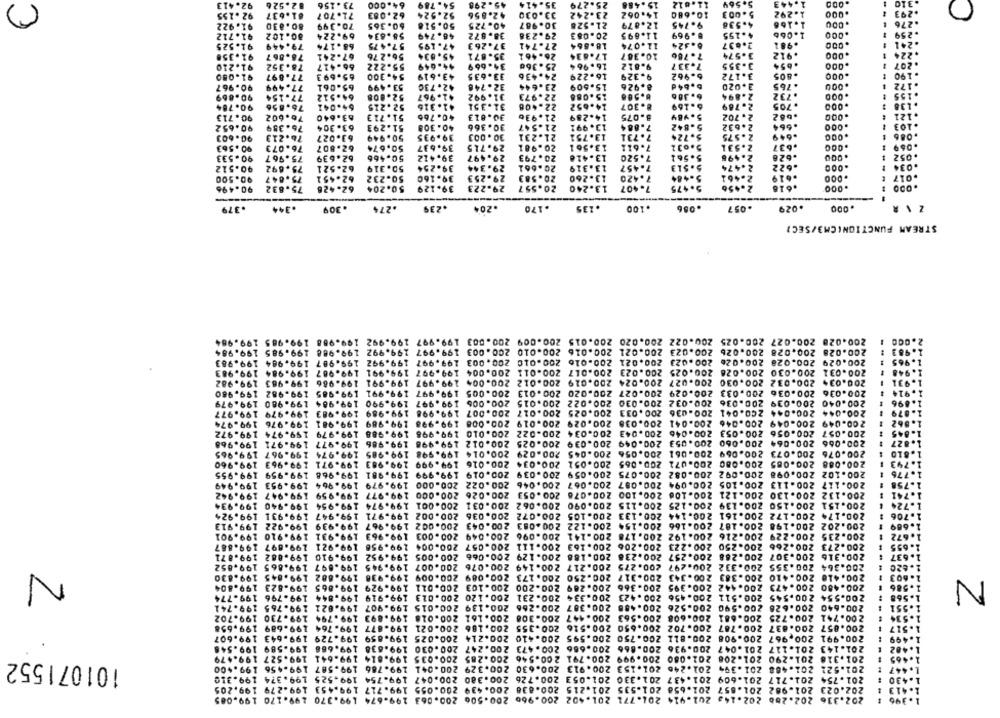
82.526
73.156
64.000
54.789
45.298
35.424
25-279
15.488
11.612
1.443
310
.155
71.707
62.083
52.524
42.856
33.030
23.242
14.062
10.680
5.00
1.292
.000
.293
4.538
1.166
80.8.
70.399
50.518
40.725
30.967
21.528
12.879
9.745
.276
41.712
69.224
58.634
46.749
38.872
29.236
20.0
11.895
8.969
4.155
1.06b
.000
.259
2.637
.981
91.525
57.475
47.195
37.263
27.741
12.074
8.324
.241
91-358
78.867
67.241
56.276
45.834
35.871
26-461
17.834
10.367
7.786
3.574
.912
. 224
78.352
66.417
55.222
44.649
25.360
16.964
9.812
7.337
3.355
.654
.000
. 207
91.210
91.050
77.897
65.693
54.300
43.619
33.635
24.436
16-229
9.329
6.962
3.172
.805
.000
.190
90.967
77.499
65.061
53.499
42.730
32.746
23.644
15.509
8.926
6.64d
3.020
.765
.000
.172
.732
90-869
77-154
64-512
52.808
41.967
31.992
22.973
15.088
6.386
2.894
.000
.155
90-784
76.856
64-041
2.215
41.316
31.351
22.408
14.652
8.307
6-169
2.769
.705
.000
. 138
40.766
21.936
14-289
8.075
5.984
UNN
2. 702
.b82
.000
.121
90.713
76.602
63.640
51.713
30.813
90.652
76.359
63.304
51.293
40.308
30.366
21.547
13.991
7.884
5.842
2.632
.664
.000
.103
90.603
76.213
63.027
50.949
39.935
30.003
21.231
13.751
7.731
5.724
2.575
.649
.000
.086
90.563
76.073
62.807
50.674
39.637
29.715
20.981
13.561
7.611
5.032
2.531
.637
.000
.069
90.533
75.967
62.639
50.466
39.412
29.497
20.793
13.418
7.520
5.561
2.498
.626
.000
.052
.622
90-512
75.692
62.521
50.319
39.254
29.344
20-661
13.319
7.457
5.513
2.474
.000
.034
90.500
75.847
62.451
50.232
39-160
29.253
20.583
13.260
7.420
5.484
2.461
.619
.000
.017
90.496
75.832
62.428
50.204
39.129
29.223
20.557
13.240
7.407
5.475
2.450
.616
.000
.379
.344
.309
.274
.239
.204
.170
.135
.100
086
.057
.029
STREAM FUNCTION(CM3/SEC?
200.028 200.027 200.025 200.022 200.020 200.015 200.009 200.003 199.997 199.992 199.988
200.028 200.028 200.026 200.023 200.021 200.016 200.010 200.003 199.997 199.992 199.900
200.029 200.028 200.026 200.023 200.021
200.016 200.010 200.003 199.997 199.992 199.987
200.031 200.030 200.028 200.025 200.023 200.017 200.011 200.004 199.997 199.991 199.907
1.94
200.03+ 200.032 200.030 200.027 200.024 200.019 200.012 200.004 199.997 199.991 199.966
1.931
200.036 200.033 200.029 200.027 200.020 200.013 200.005 199.997 199.991 199.985
200.036
.914
199.990 199.984
200.040 200.039 200.036 200.032 200.030 200.022 200.015 200.006 199.997
896
199.983
200.025 200.017 200.007 199.998 199.989
200.044 200.044 200.041 200.036 200.033
200.029 200.019 200.008 199.998 199.989 199.981
200.049 200.049 200.046 200.041 200.038
562
200.034 200.022 200.010 199.998 199.988
200.057 200.056 200.053 200.046 200.043
.845
199.979
200.039 200.025 200.012 199.998 199.986 199.977
200.066 200.064 200.060 200.053 200.049
199.974
200.045 200.029 200.014 199.998 199.985
200.073 200.069 200.061 200.056
200.076
810
199.971
200.051 200.034 200.016 199.999 199.983
200.071 200.065
200.088 200.085 200.080
199.968
199.981
200.039 200.019 199.999
200.059
200.102 200.098 200.092 200.082 200.075
199.964
200.046 200.022 200.000 199.979
200.117 200-113 200.105 200.094 200.087 200.067
199.959
200.026 200.000 199.977
200.078 200.053
200.132 200.130 200.121 200.106 200.100
200.090 200.062 200.031 200.001
200.125 200.115
200.151 200.150 200.139
199.954
199.974
199.947
200.161 200.144 200.133 200.105 200.072 200.036 200.002 199.971
200.174 200.172
200.122 200.083 200.043 200.002 199.967 199.939
200.202 200.198 200. 187 200.166 200.154
199-963 199.931
200.049 200.003
200.229 200.216 200.192 200. 178 200.141 200.096
200.235
199.921
200.266 200-250 200.223 200.206 200.163 200.111 200.057 200.004 199.958
200.273
199.910
200.316 200.307 200.288 200.257 200.238 200.188 200.129 200.066 200.005 199.952
199.697
200.076 200.007 199.945
200.217 200.149
200.364 200.355 200.332 200.297 200.275
N
200.250 200.173 200.089 200.009 199.938
200.343 200.317
200.410 200.410 200.383
199.882
N
199.865
200.289 200.200 200.103 200.011 199.929
200.366
200.395
200.442
200.473
200.480
200.231 200.120 200.013 199.919 199.844
200.334
200.511 200.456 200.423
200.545
200.554
200-266 200.139 200.015 199.907 199.021
200.387
200.590 200.526 200.488
200.626
200-640
200.308 200.161 200.018 199.893 199.794
200.447
200.608 200.563
200.681
200.725
200.741
200.837 200.787 200.702 200.650 200.516 200.355 200.186 200.021 199-877 199.764
200.857
200.967 200.908 200.811 200.750 200.595 200.410 200.214 200.025 199.859 199.729
200.991
201.117 201.047 200.936 200.866 200.686 200.473 200.247 200.030 199.638 199.666
201.143
101071552
200.791 200.546 200.285 200.035 199.814 199.641
201.290 201.208 201.080 200.999
201.318
199.+00
201.394 201.246 201.153 200.913 200.630 200.329 200.041 199.786 199.587
201.488
201.521
199.310
201.437 201.330 201.053 200.726 200.380 200.047 199.754 199.525
201.754 201.717 201.609
199.205
202.023 201.982 201.857 201.658 201.535 201.215 200.838 200.439 200.055 199.717 199.453
202.286 202.14, 201.414 201.771 201.402 200.966 200.506 200.063 199.674 199.370
202.336
199.085